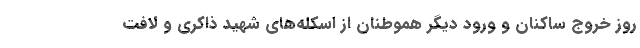
روز خروج ساکنان و ورود دیگر هموطنان از اسکله‌های شهید ذاکری و لافت